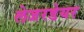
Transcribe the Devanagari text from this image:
लेजरडेयर